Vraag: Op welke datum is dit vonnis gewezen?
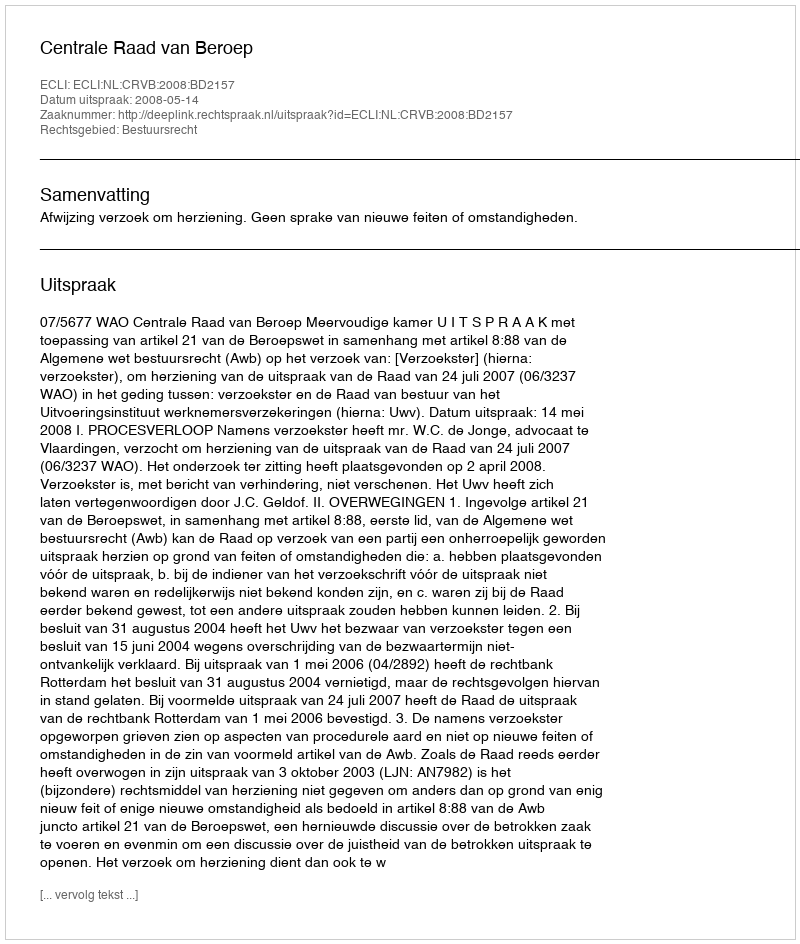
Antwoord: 2008-05-14